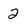
Character: 2